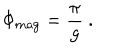
\Phi _ { \mathrm { m a g } } = \frac { \pi } { g } \ .